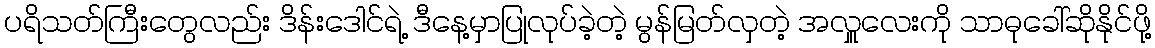
ပရိသတ်ကြီးတွေလည်း ဒိန်းဒေါင်ရဲ့ ဒီနေ့မှာပြုလုပ်ခဲ့တဲ့ မွန်မြတ်လှတဲ့ အလှူလေးကို သာဓုခေါ်ဆိုနိုင်ဖို့